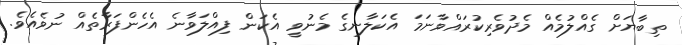
ތިބާޔަށް ގެއްލުމެއް މެދުވެރިކުރައްވާނަމަ އެކަލާނގެ މެނުވީ އެކަން ފިއްލަވާނެ އެހެންފަރާތެއް ނުވެއެވެ.